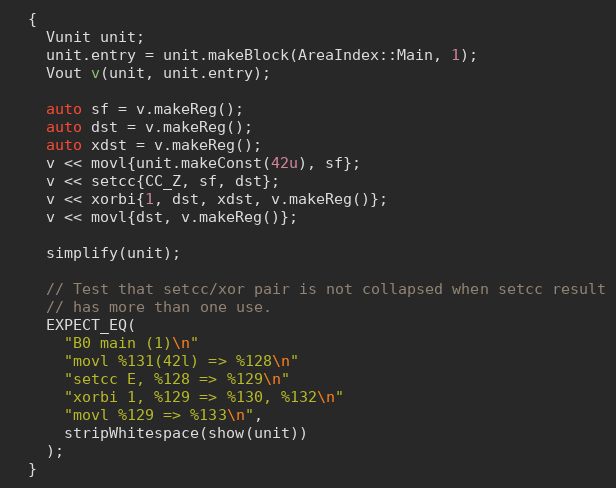
Language: C++
  {
    Vunit unit;
    unit.entry = unit.makeBlock(AreaIndex::Main, 1);
    Vout v(unit, unit.entry);

    auto sf = v.makeReg();
    auto dst = v.makeReg();
    auto xdst = v.makeReg();
    v << movl{unit.makeConst(42u), sf};
    v << setcc{CC_Z, sf, dst};
    v << xorbi{1, dst, xdst, v.makeReg()};
    v << movl{dst, v.makeReg()};

    simplify(unit);

    // Test that setcc/xor pair is not collapsed when setcc result
    // has more than one use.
    EXPECT_EQ(
      "B0 main (1)\n"
      "movl %131(42l) => %128\n"
      "setcc E, %128 => %129\n"
      "xorbi 1, %129 => %130, %132\n"
      "movl %129 => %133\n",
      stripWhitespace(show(unit))
    );
  }